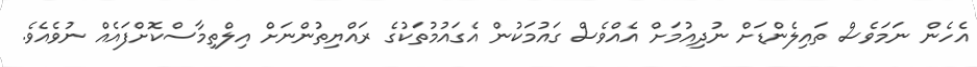
އެހެން ނަމަވެސް ތައިލެންޑަށް ނުދިއުމަށް އެއްވެސް ގައުމަކުން އެގައުމުތަކުގެ ރައްޔިތުންނަށް އިލްތިމާސްކޮށްފައެއް ނުވެއެވެ.